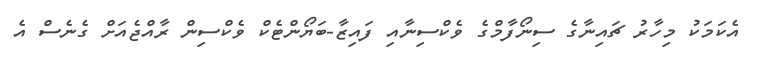
އެކަމަކު މިހާރު ޗައިނާގެ ސިނޯފާމްގެ ވެކްސިނާއި ފައިޒާ-ބަޔޯންޓެކް ވެކްސިން ރާއްޖެއަށް ގެނެސް އެ